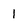
Character: 1